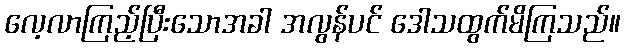
လေ့လာကြည့်ပြီးသောအခါ အလွန်ပင် ဒေါသထွက်မိကြသည်။